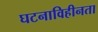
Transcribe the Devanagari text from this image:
घटनाविहीनता